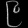
Digit: ၉